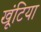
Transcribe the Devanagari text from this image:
खूंटिया